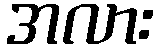
အလား